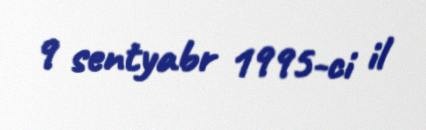
9 sentyabr 1995-ci il